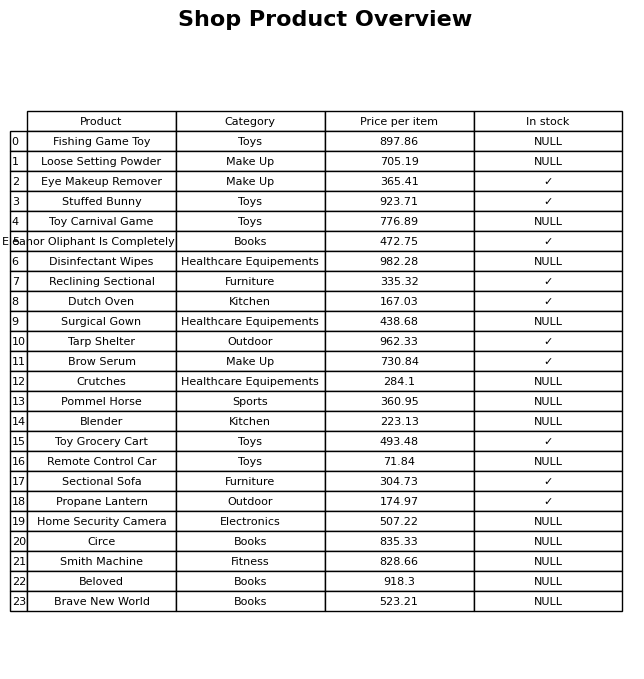
question: What is the price of the Home Security Camera?
answer: The price of Home Security Camera is 507.22.